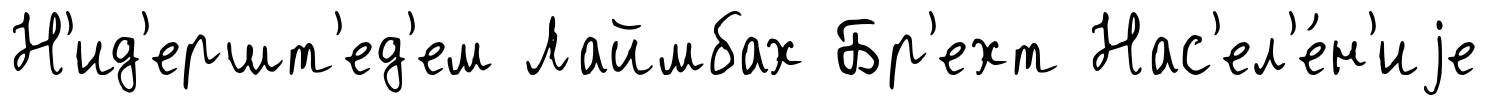
Н'ид'ершт'ед'ем Лаймбах Бр'ехт Нас'ел'е́н'иjе